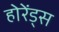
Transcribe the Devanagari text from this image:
होरेंड्स